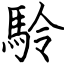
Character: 駖